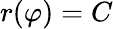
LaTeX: r(\varphi)=C